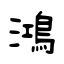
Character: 鴻